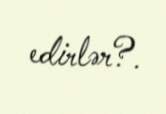
edirlər?.